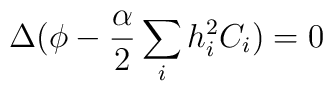
\Delta (\phi -\frac{\alpha}{2}\sum _{i} h^{2}_{i}C_{i}) = 0